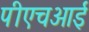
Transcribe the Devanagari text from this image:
पीएचआई